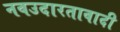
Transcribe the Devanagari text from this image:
नवउदारतावादी